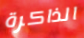
الذاكرة